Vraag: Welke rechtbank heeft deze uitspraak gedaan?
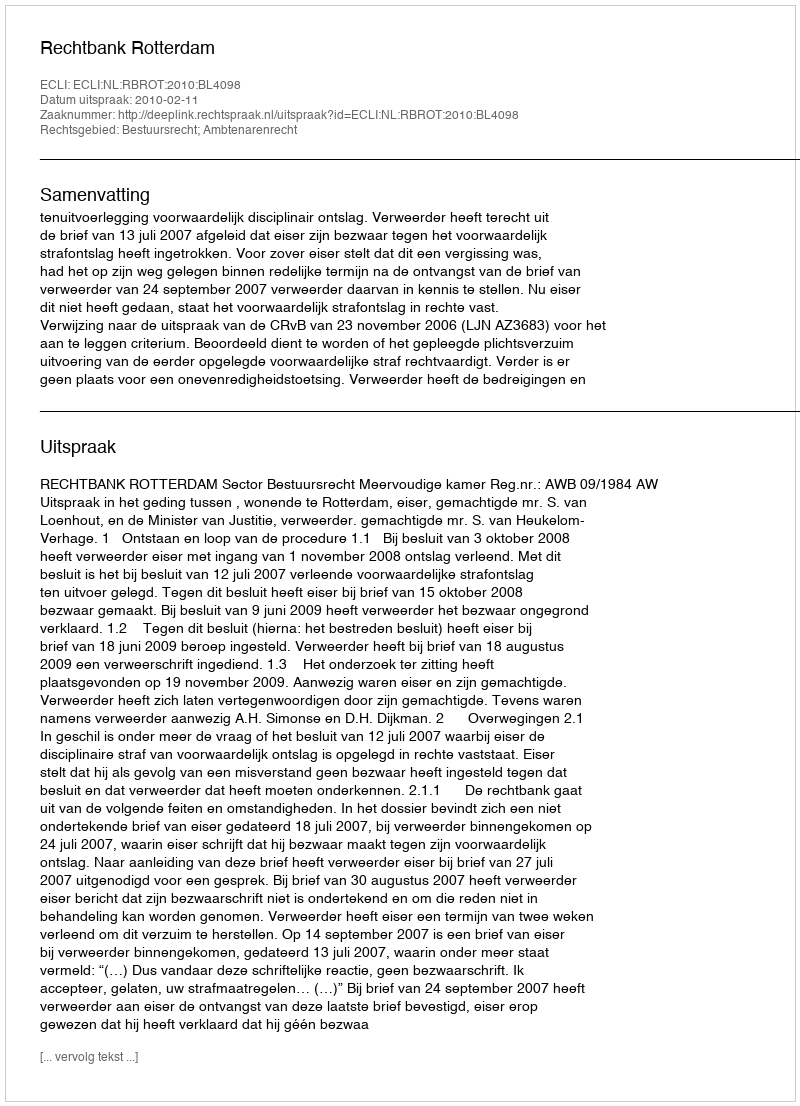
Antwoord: Rechtbank Rotterdam